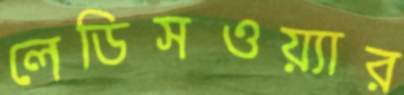
লেডিসওয়্যার